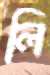
লি